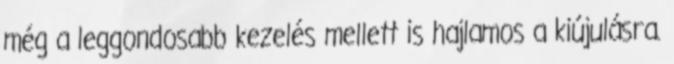
még a leggondosabb kezelés mellett is hajlamos a kiújulásra.